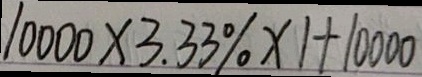
1 0 0 0 0 \times 3 . 3 3 \% \times 1 + 1 0 0 0